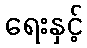
ရေးနှင့်